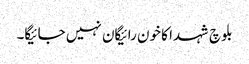
بلوچ شہدا کا خون رائیگان نہیں جائیگا۔